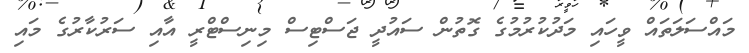
މައްސަލަތައް ވީހައި މަދުކުރުމުގެ ގޮތުން ސައުދީ ޖަސްޓިސް މިނިސްޓްރީ އާއި ސަރުކާރުގެ މައި